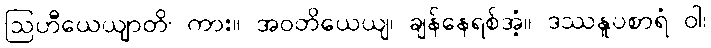
ဩဟီယေယျာတိ၊ ကား။ အဝတိယေယျ၊ ချန်နေရစ်အံ့။ ဒဿနူပစာရံ ဝါ၊